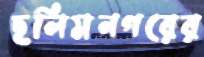
ছলিমনগরের